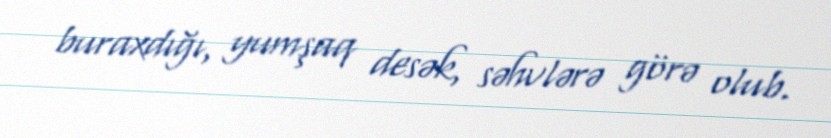
buraxdığı, yumşaq desək, səhvlərə görə olub.